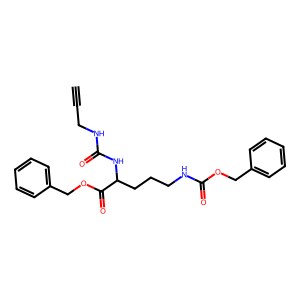
SMILES: C#CCNC(=O)NC(CCCNC(=O)OCc1ccccc1)C(=O)OCc1ccccc1
Inhibits HIV replication: No